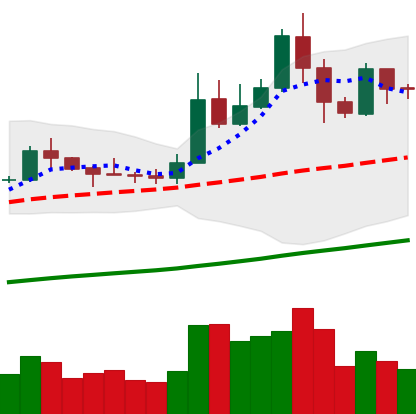
Ticker: LTC-USD
Chart end date: 2019-05-21
Forward return: 21.759%
Label: up_7plus